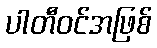
ပါတီဝင်အဖြစ်